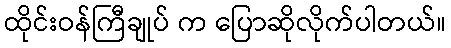
ထိုင်းဝန်ကြီချုပ် က ပြောဆိုလိုက်ပါတယ်။